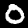
Label: 0